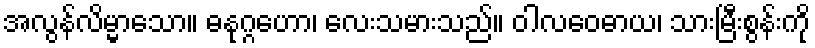
အလွန်လိမ္မာသော။ ဓနုဂ္ဂဟော၊ လေးသမားသည်။ ဝါလဝေဓာယ၊ သားမြီးစွန်းကို